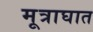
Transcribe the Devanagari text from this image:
मूत्राघात